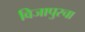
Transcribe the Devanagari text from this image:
विजापुरचा